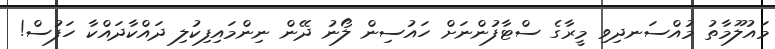
މައުލޫމާތު މުއްސަނދިވި މީރާގެ ސްޓާފުންނަށް ހައުސިން ލޯނު ދޭން ނިންމައިފިކުލި ދައްކާދައްކާ ހަފުސް!